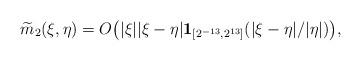
LaTeX: \begin{align*}\widetilde{m}_2(\xi,\eta) & = O\big( |\xi| |\xi-\eta| \mathbf{1}_{[2^{-13},2^{13}]}(|\xi-\eta|/|\eta|) \big),\end{align*}